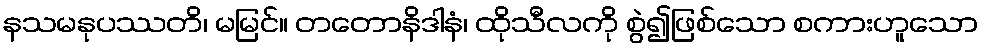
နသမနုပဿတိ၊ မမြင်။ တတောနိဒါနံ၊ ထိုသီလကို စွဲ၍ဖြစ်သော စကားဟူသော